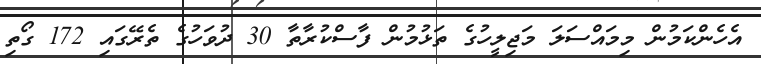
އެހެންކަމުން މިމައްސަލަ މަޖިލީހުގެ ތަޅުމުން ފާސްކުރާތާ 30 ދުވަހުގެ ތެރޭގައި 172 ގޯތި